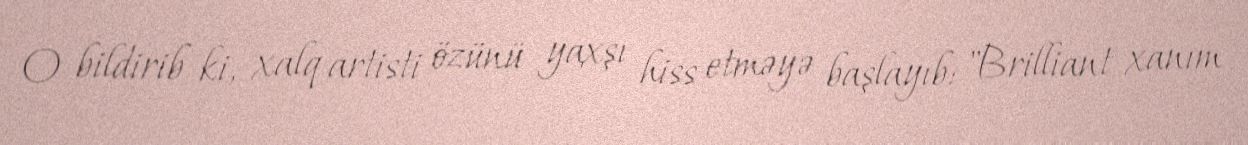
O bildirib ki, xalq artisti özünü yaxşı hiss etməyə başlayıb: "Brilliant xanım